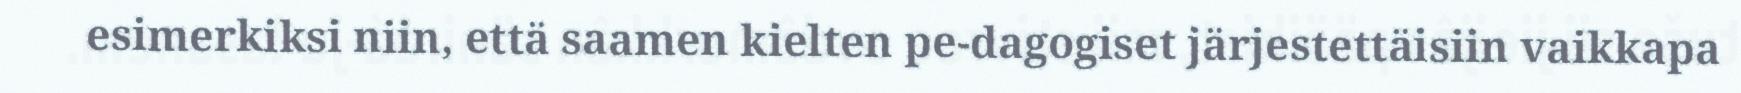
esimerkiksi niin, että saamen kielten pe-dagogiset järjestettäisiin vaikkapa